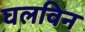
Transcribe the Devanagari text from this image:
घलविन